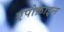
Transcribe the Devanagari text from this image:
एपोक्राइन